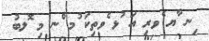
ިނ ާޔ ެވރި އަ ުޅ ެވތިކަ ުމ ްނ މި ޮލބު